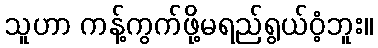
သူဟာ ကန့်ကွက်ဖို့မရည်ရွယ်ဝံ့ဘူး။